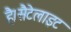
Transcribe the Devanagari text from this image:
है।सैटेलाइट